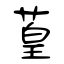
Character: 葟